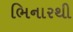
ભિનારથી